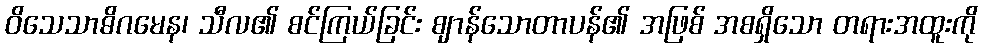
ဝိသေသာဓိဂမေန၊ သီလ၏ စင်ကြယ်ခြင်း ဈာန်သောတာပန်၏ အဖြစ် အစရှိသော တရားအထူးကို